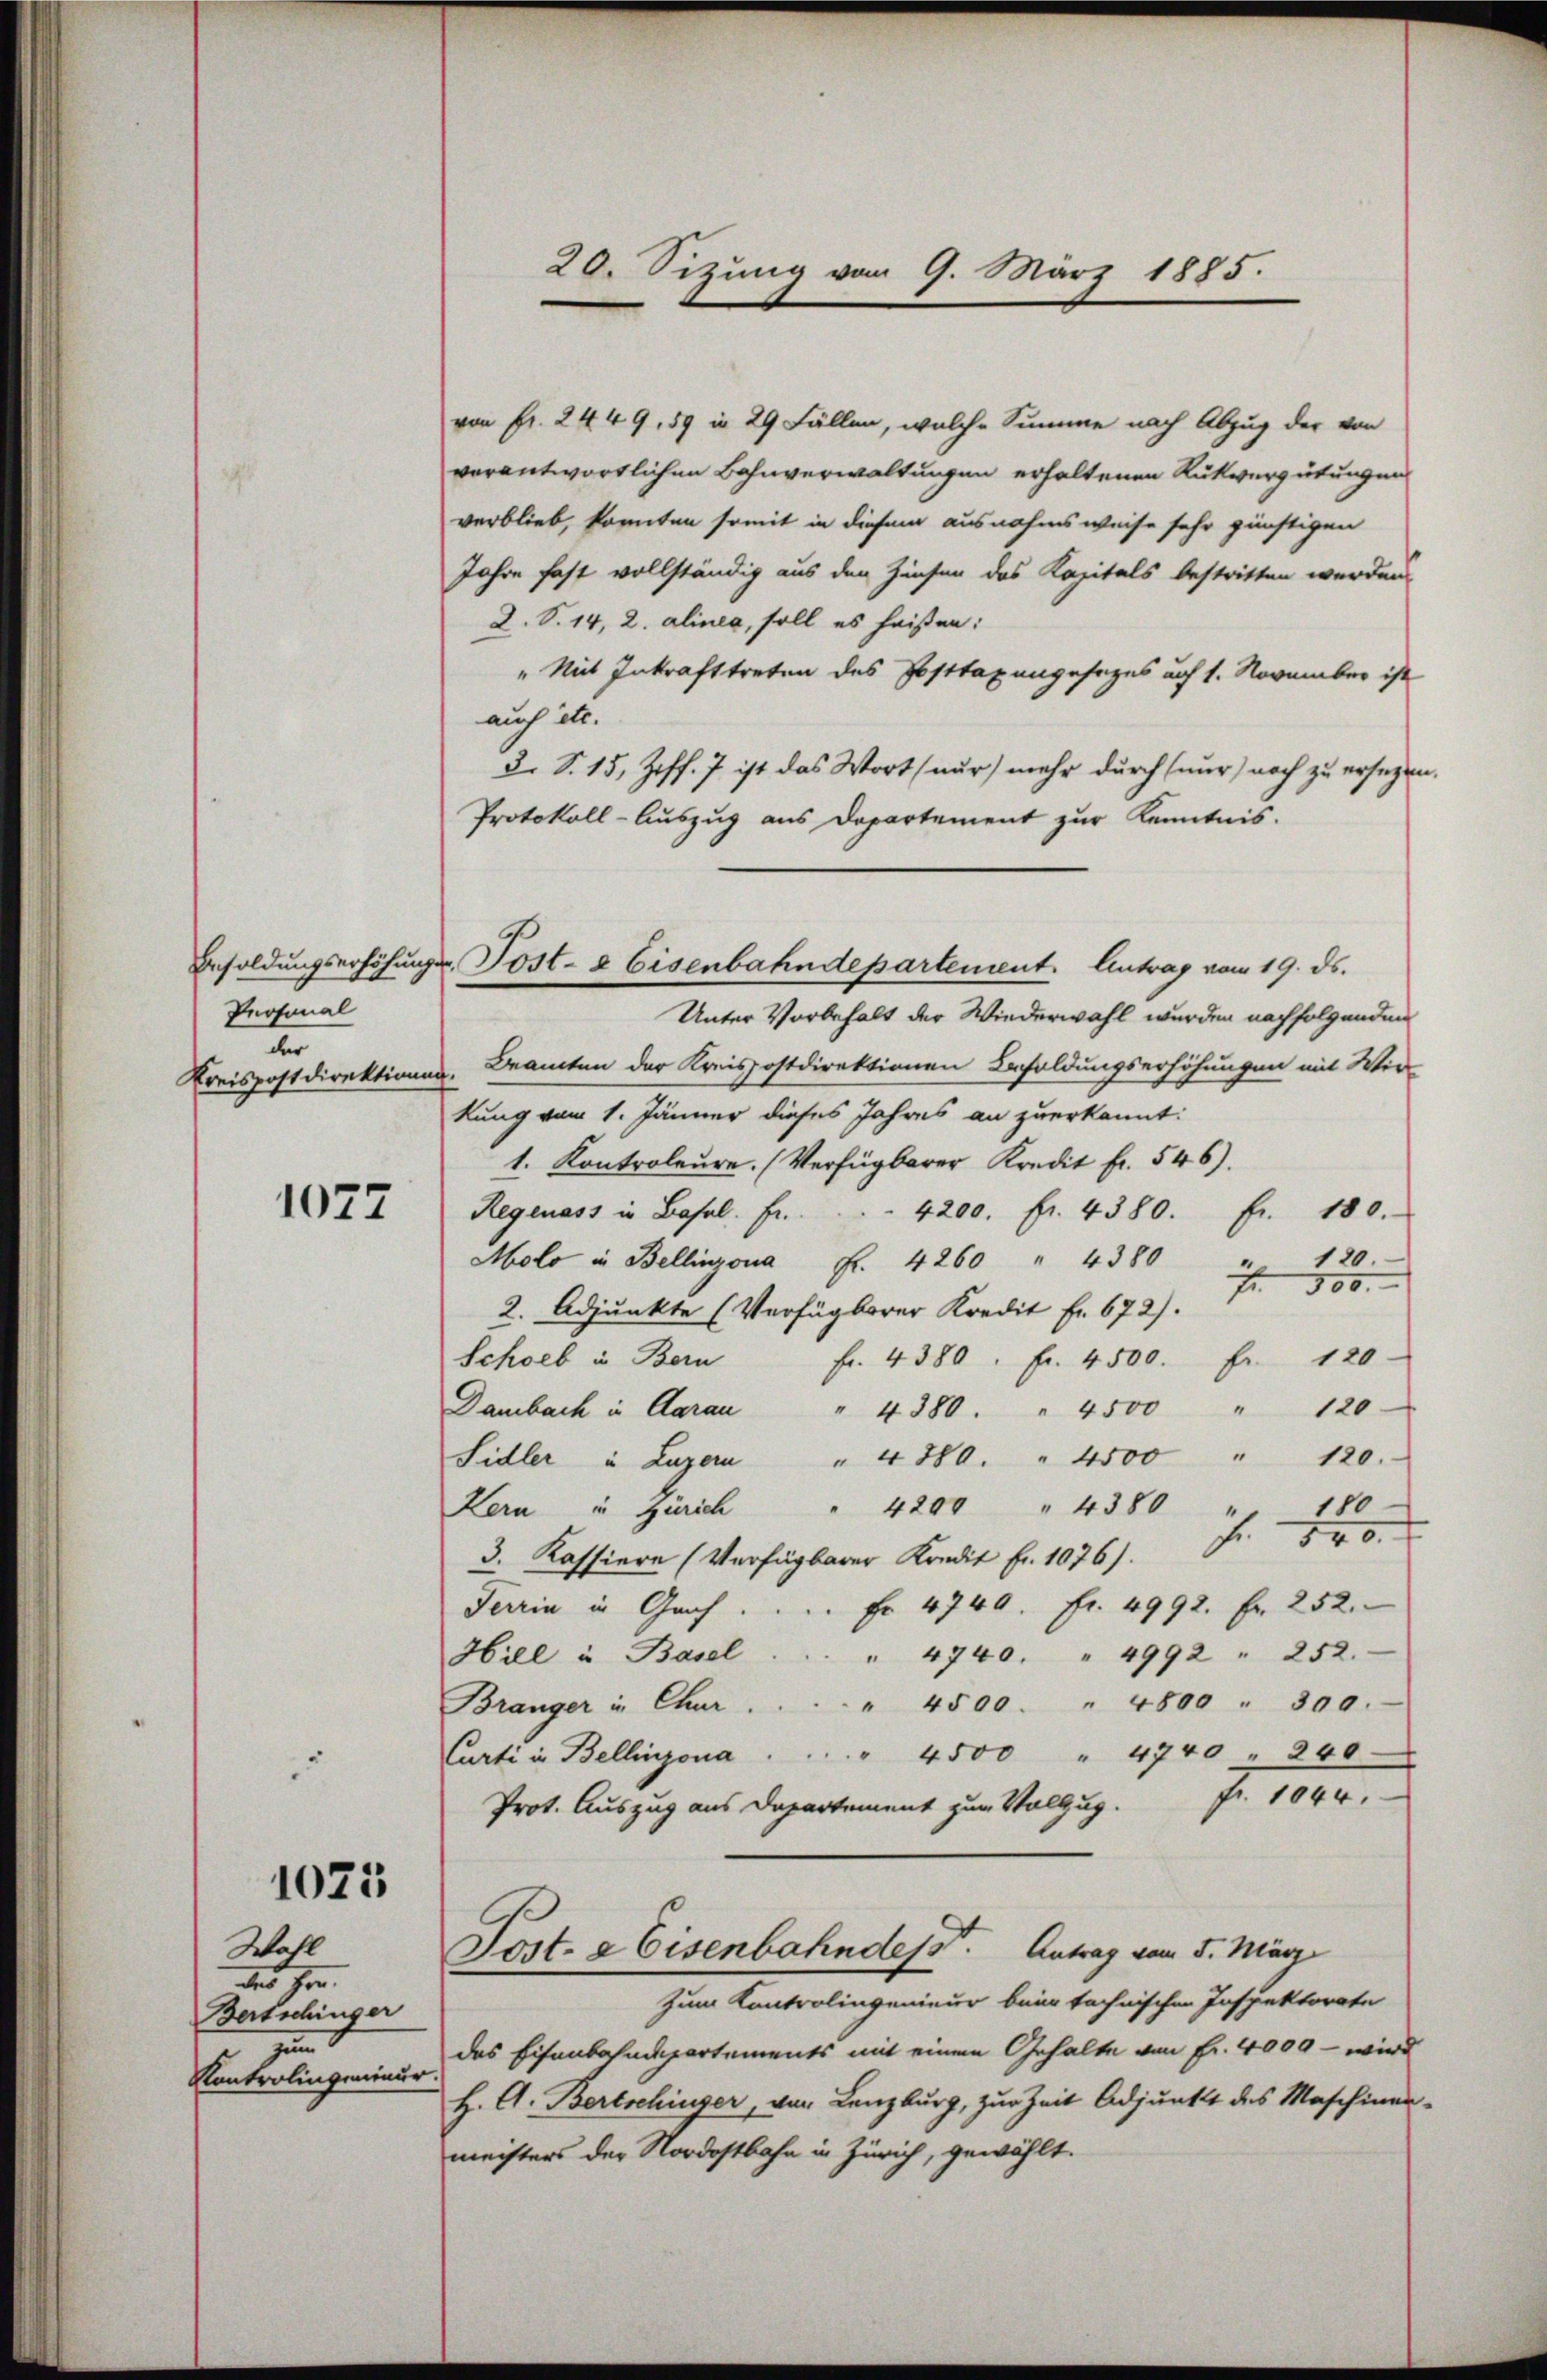
Besoldungserhöhungs
Personal
der
Kreispostdirektione

1077

1023

Wahl
des Hrn.
Bersschinger
e
Kontrolingenieur.

von fr. 2449, 59 in 29 Fällen, welche Summe nach Abzug der von
verantwortlichen Bahnverwaltungen erhaltenen Rückvergütungen
verblieb, konnten somit in diesem ausnahmsweise sehr günstigen
Jahre fast vollständig aus den Zinsen des Kapitals bestritten werden.
D. S. 14, 2. alinea, soll es heißen:
" Mit Inkrafttreten des Posttaxangesezes auf 1. November ist
auch ist.
3. S. 15, Ziff. 7 ist das Wort (nur) mehr durch (nur) noch zu ersetze
Protokoll-Auszug aus Departement zur Kenntnis.
Unter Vorbehalt der Wiederwahl wurden nachfolgenden
Bramten der Kreispostdirektionen Besoldungserhöhungen mit Wir
.
kung vom 1. Jänner dieses Jahres an zuerkannt:
1. Kontroleure. (Verfügbarer Kredit fr. 546).
Regenass in Basel. Fr.
4200. fr. 4380. Fr. 180.
120.
Molo in Bellinzona Fr. 4260 " 4380
Fr. 500.
2. Adjunkte (Verfügbarer Kredit Fr. 672).
Schoeb u. Bern fr. 4380. Fr. 4500. Fr. 120
120
Dambach in Aarau " 4380. " 4500 "
120.
Sidler u. Luzern " " 280 " 4500 "
180
Kern u Zürich " 4200 " 4380
“
fr. 540.
3. Kassiere (Verfügbarer Kondit Fr. 1076).
Terrin in Graf                           Fr. 4740. Fr. 4992. Fr. 252.
Hill in Basel
" 4740. " 4992 " 252.
" 4500. " 4800 " 300.
Bränger in Chur
Curti in Bellinzona . . . . 4500 " 4740 " 240.
Prot. Auszug aus Departement zum Vollzug. Fr. 1044
Post- & Eisenbahndesst. Antrag vom 5. März
Zum Kontrolingenieur beim technischen Inspektorate
das Eisenbahndepartements mit einem Gehalte von Fr. 4000 – wird
H. A. Bertschinger, von Lenzburg, zur Zeit Adjunkt des Maschinen
meisters der Nordostbahn in Zürich, gewählt.

20. Sizung vom 9. März 1885.

Post- & Eisenbahndepartement. Antrag vom 19. ds.